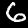
Label: 6